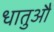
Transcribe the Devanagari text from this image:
धातुऔं